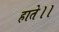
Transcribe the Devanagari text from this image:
हाते।।